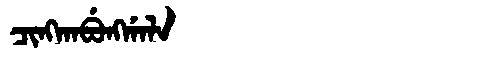
Manchu: ᠴᡳᠩᡴᠠᠪᡠᠩᡤᠠᠯᠠ
Romanization: CINGKABUNGGALA